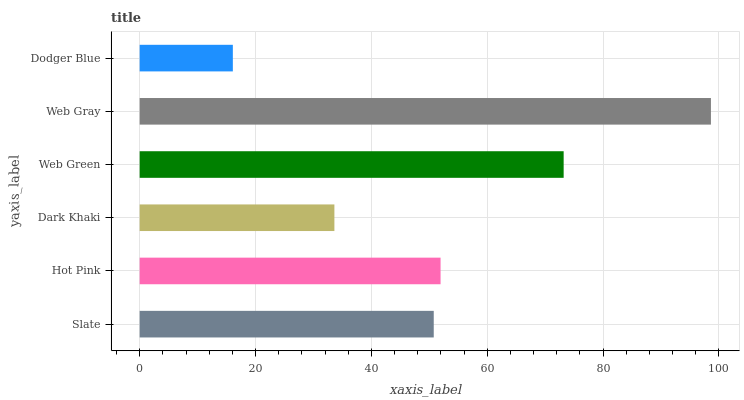
| yaxis_label | bars |
 | --- | --- |
 | Slate | 50.8 |
 | Hot Pink | 51.9 |
 | Dark Khaki | 33.6 |
 | Web Green | 73.2 |
 | Web Gray | 98.6 |
 | Dodger Blue | 16.1 |